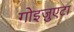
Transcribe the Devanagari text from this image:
गोइज़ुएटा